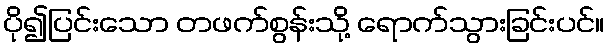
ပို၍ပြင်းသော တဖက်စွန်းသို့ ရောက်သွားခြင်းပင်။